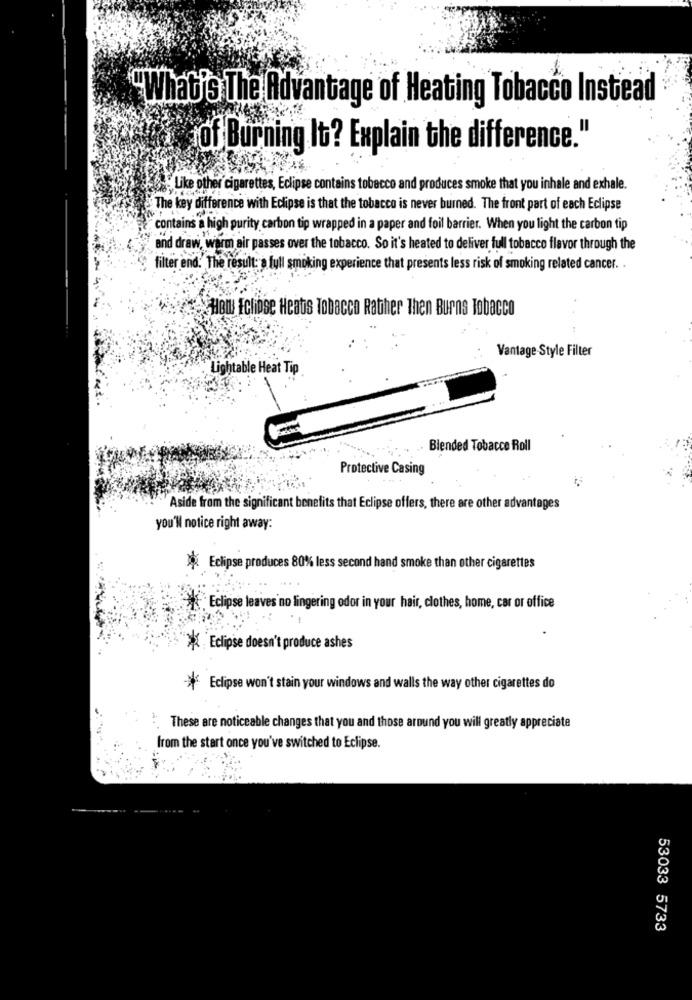
What's The Advantage of Heating Tobacco Instead
of Burning It? Explain the difference."
Like other cigarettes, Eclipse contains tobacco and produces smoke that you inhale and exhale.
The key difference with Eclipse is that the tobacco is never burned. The front part of each Eclipse
contains a high purity carbon tip wrapped in a paper and foil barrier. When you light the carbon tip
and draw, warm air passes over the tobacco. So it's heated to deliver full tobacco flavor through the
filter end. The result: a full smoking experience that presents less risk of smoking related cancer. .
How Eclipse Heats Tobacco Rather Then Burns Tobacco
Vantage Style Filter
Lightable Heat Tip
Blended Tobacco Roll
Protective Casing
Aside from the significant benefits that Eclipse offers, there are other advantages
you'll notice right away:
Eclipse produces 80% less second hand smoke than other cigarettes
Eclipse leaves no lingering odor in your hair, clothes, home, car or office
XEclipse doesn't produce ashes
*
Eclipse won't stain your windows and walls the way other cigarettes do
These are noticeable changes that you and those around you will greatly appreciate
from the start once you've switched to Eclipse.
53033 5733